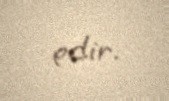
edir.